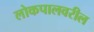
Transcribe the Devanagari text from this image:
लोकपालवरील